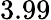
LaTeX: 3.99